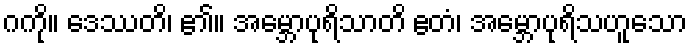
ဂကို။ ဒေဿတိ၊ ၏။ အမ္ဘောပုရိသာတိ ဧတံ၊ အမ္ဘောပုရိသဟူသော